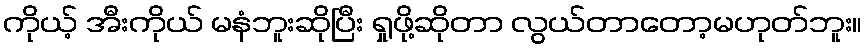
ကိုယ့် အီးကိုယ် မနံဘူးဆိုပြီး ရှုဖို့ဆိုတာ လွယ်တာတော့မဟုတ်ဘူး။